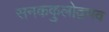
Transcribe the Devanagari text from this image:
सनककुलोद्वभव